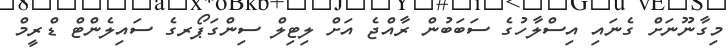
މިގާނޫނަށް ގެނައި އިސްލާހުގެ ސަބަބުން ރާއްޖެ އަށް ލިޓިލް ސިންގަޕޯރގެ ސައިލެންޓް ޑްރީމް